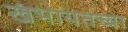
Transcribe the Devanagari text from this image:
खंभायतच्या